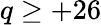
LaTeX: q\ge+26